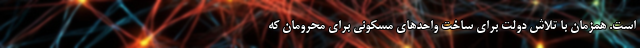
است. همزمان با تلاش دولت برای ساخت واحدهای مسکونی برای محرومان که